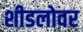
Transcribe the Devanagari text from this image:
शीडलोवर